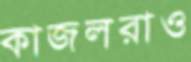
কাজলরাও